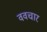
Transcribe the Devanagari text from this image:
ववचार